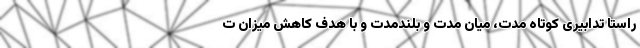
راستا تدابیری کوتاه مدت، میان مدت و بلندمدت و با هدف کاهش میزان ت